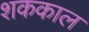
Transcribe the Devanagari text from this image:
शककाल